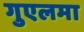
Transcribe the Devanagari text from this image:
गुएलमा